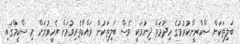
ބަލިތަކަށް ސްކްރީންކުރުމުގެ ހިދުމަތް ދިނުމަކީ ވެސް ބަލިތަކުން ރައްކާތެރިވުމަށް އެހީވުމަށް މި ސްކީމްގައި